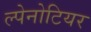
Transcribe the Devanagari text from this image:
ल्पेनोटियर